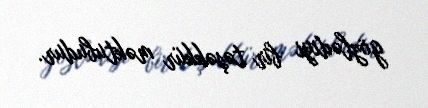
gözlədiyi bir təşəkkür məktubudur.